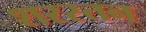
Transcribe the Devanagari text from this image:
शरस्तन